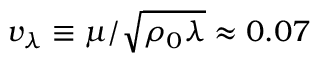
v _ { \lambda } \equiv \mu / \sqrt { \rho _ { 0 } \lambda } \approx 0 . 0 7